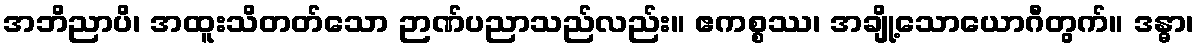
အဘိညာပိ၊ အထူးသိတတ်သော ဉာဏ်ပညာသည်လည်း။ ဧကစ္စဿ၊ အချို့သောယောဂီတွက်။ ဒန္ဓာ၊